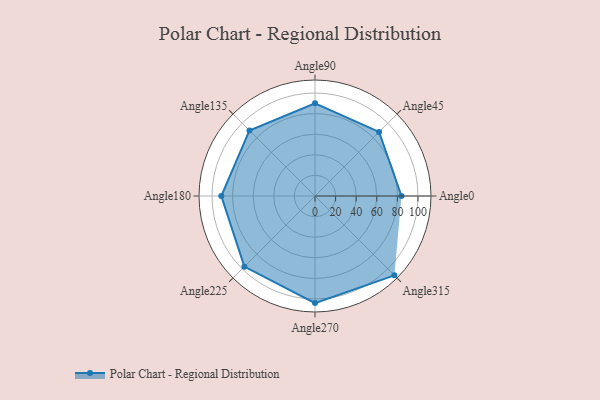
{"axis": {"x": "Angle", "y": "Radius"}, "legend": [""], "data": [{"x": "Angle0", "y": 84.0, "type": ""}, {"x": "Angle45", "y": 88.0, "type": ""}, {"x": "Angle90", "y": 90.0, "type": ""}, {"x": "Angle135", "y": 90.0, "type": ""}, {"x": "Angle180", "y": 91.0, "type": ""}, {"x": "Angle225", "y": 97.0, "type": ""}, {"x": "Angle270", "y": 104.0, "type": ""}, {"x": "Angle315", "y": 109.0, "type": ""}]}